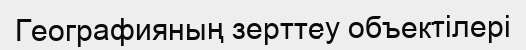
Географияның зерттеу объектілері